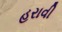
હરાવી